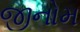
જીનોમ